Indian journal of veterinary science and animal husbandry - Volume 7,
Year: 1937
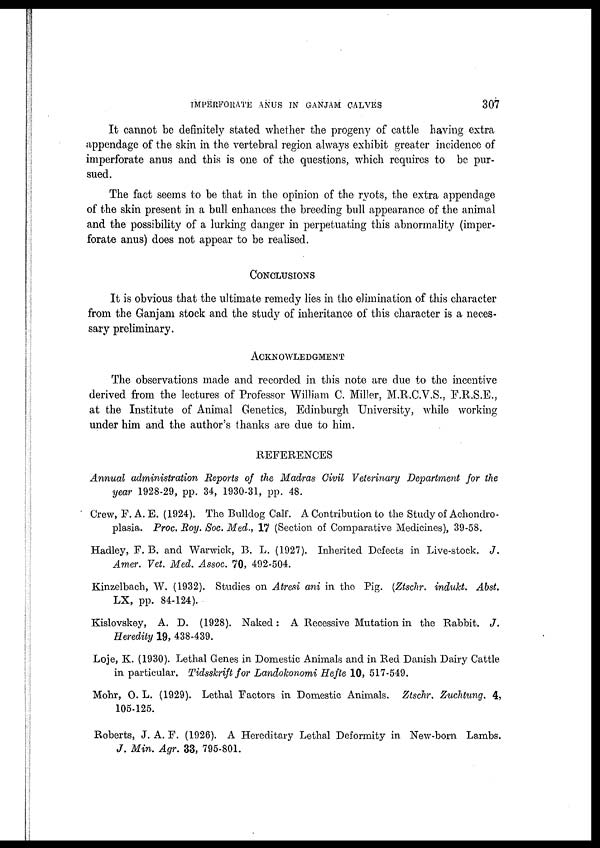
IMPERFORATE ANUS IN GANJAM CALVES
307
It cannot be definitely stated whether the progeny of cattle having extra
appendage of the skin in the vertebral region always exhibit greater incidence of
imperforate anus and this is one of the questions, which requires to be pur-
sued.
The fact seems to be that in the opinion of the ryots, the extra appendage
of the skin present in a bull enhances the breeding bull appearance of the animal
and the possibility of a lurking danger in perpetuating this abnormality (imper-
forate anus) does not appear to be realised.
CONCLUSIONS
It is obvious that the ultimate remedy lies in the elimination of this character
from the Ganjam stock and the study of inheritance of this character is a neces-
sary preliminary.
ACKNOWLEDGMENT
The observations made and recorded in this note are due to the incentive
derived from the lectures of Professor William C. Miller, M.R.C.V.S., F.R.S.E.,
at the Institute of Animal Genetics, Edinburgh University, while working
under him and the author's thanks are due to him.
REFERENCES
Annual administration Reports of the Madras Civil Veterinary Department for the
year 1928-29, pp. 34, 1930-31, pp. 48.
Crew, F. A. E. (1924). The Bulldog Calf. A Contribution to the Study of Achondro-
plasia. Proc. Roy. Soc. Med., 17 (Section of Comparative Medicines), 39-58.
Hadley, F. B. and Warwick, B. L. (1927). Inherited Defects in Live-stock. J.
Amer. Vet. Med. Assoc. 70, 492-504.
Kinzelbach, W. (1932). Studies on Atresi ani in the Pig. (Ztschr. indukt. Abst.
LX, pp. 84-124).
Kislovskey, A. D. (1928). Naked: A Recessive Mutation in the Rabbit. J.
Heredity 19, 438-439.
Loje, K. (1930). Lethal Genes in Domestic Animals and in Red Danish Dairy Cattle
in particular. Tidsskrift for Landokonomi Hefte 10, 517-549.
Mohr, O. L. (1929). Lethal Factors in Domestic Animals. Ztschr. Zuchtung. 4,
105-125.
Roberts, J. A. F. (1926). A Hereditary Lethal Deformity in New-born Lambs.
J. Min. Agr. 33, 795-801.